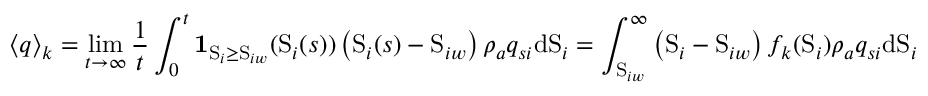
\left\langle q \right\rangle _ { k } = \operatorname* { l i m } _ { t \rightarrow \infty } \frac { 1 } { t } \int _ { 0 } ^ { t } \mathbf { 1 } _ { \mathrm { S } _ { i } \geq \mathrm { S } _ { i w } } ( \mathrm { S } _ { i } ( s ) ) \left( \mathrm { S } _ { i } ( s ) - \mathrm { S } _ { i w } \right) \rho _ { a } q _ { s i } \mathrm { d } \mathrm { S } _ { i } = \int _ { \mathrm { S } _ { i w } } ^ { \infty } \left( \mathrm { S } _ { i } - \mathrm { S } _ { i w } \right) f _ { k } ( \mathrm { S } _ { i } ) \rho _ { a } q _ { s i } \mathrm { d } \mathrm { S } _ { i }